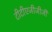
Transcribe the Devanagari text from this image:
टीटीएजीजीजी